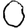
Digit: 0